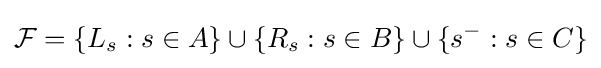
{\mathcal {F}}=\{L_{s}:s\in A\}\cup \{R_{s}:s\in B\}\cup \{s^{-}:s\in C\}